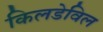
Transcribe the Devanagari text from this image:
किलडेविल